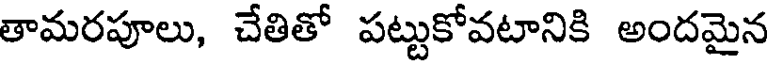
తామరపూలు, చేతితో పట్టుకోవటానికి అందమైన